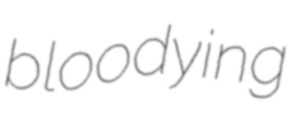
bloodying